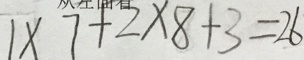
1 \times 7 + 2 \times 8 + 3 = 2 6